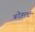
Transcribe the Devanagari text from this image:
बदेहल्दी